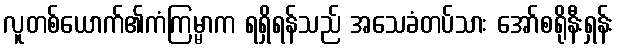
လူတစ်ယောက်၏ကံကြမ္မာက ရရှိရန်သည် အသေခံတပ်သား အော်စရိုနီးရှန်း